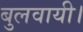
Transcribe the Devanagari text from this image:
बुलवायी।